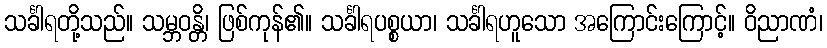
သင်္ခါရတို့သည်။ သမ္ဘဝန္တိ၊ ဖြစ်ကုန်၏။ သင်္ခါရပစ္စယာ၊ သင်္ခါရဟူသော အကြောင်းကြောင့်။ ဝိညာဏံ၊